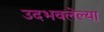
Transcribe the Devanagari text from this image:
उदभवलेल्या